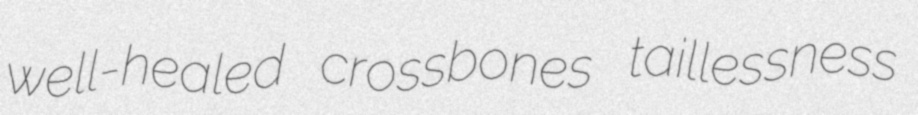
well-healed crossbones taillessness